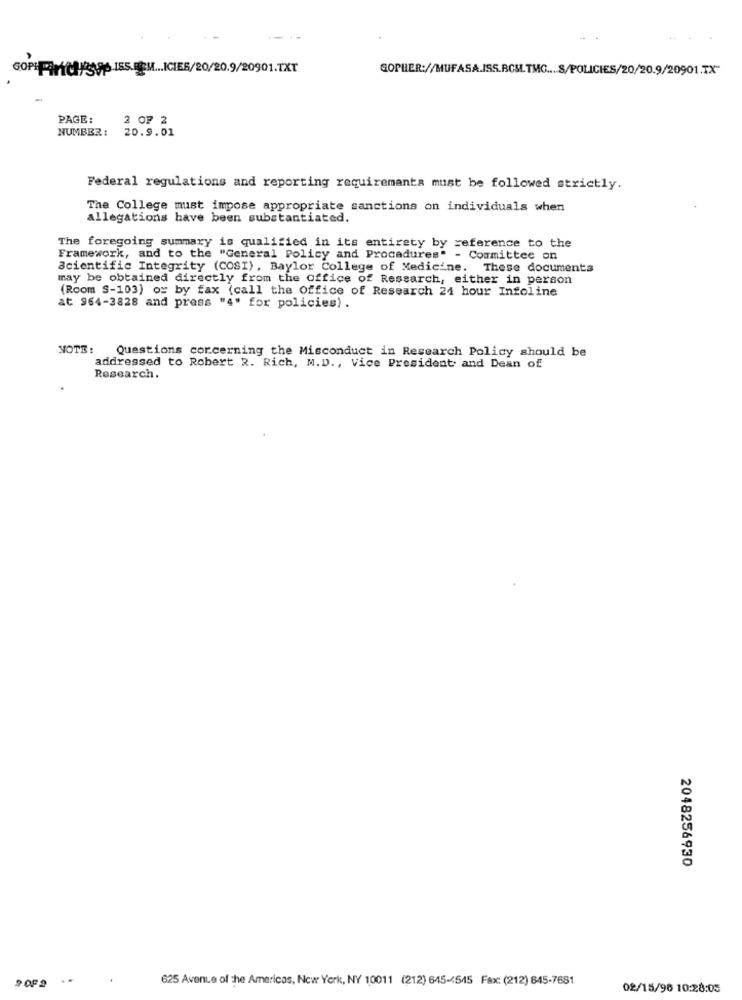
GOP: PINCHASge ISS.@M ... ICIES/20/20.9/20901.TXT
GOPHER://MUFASA.ISS.RCM.TMC .... S/POLICIES/20/20.9/20901.7X"
PAGE:
2 OF 2
NUMBER :
20.9.01
Federal regulations and reporting requirements must be followed strictly.
The College must impose appropriate sanctions on individuals when
allegations have been substantiated.
The foregoing summary is qualified in its entirety by reference to the
Framework, and to the "General Policy and Procedures" - Committee on
Scientific Integrity (COSI), Baylor College of Medicine. These documents
may be obtained directly from the office of Research, either in person
(Room S-103) or by fax (call the Office of Research 24 hour Infoline
at 964-3828 and press "4" for policies).
NOTE: Questions concerning the Misconduct in Research Policy should be
addressed to Robert R. Rich, M.D ., Vice President and Dean of
Research.
2048256930
. .
625 Avenue of the Americas, New York, NY 10011 (212) 645-4545 Fax: (212) 645-7681
9 OF 9
02/15/96 10:28:05